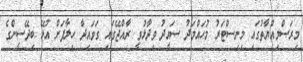
މިރަސްމިއްޔާތުގައި މިނިސްޓަރު މުހައްމަދު ސައީދު ވިދާޅުވީ ރާއްޖޭގައި ގަވައިދާ ހިލާފަށް އުޅޭ ބިދޭސީންގެ